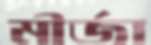
মীর্জা